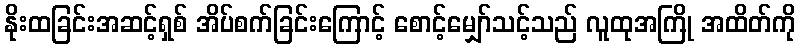
နိုးထခြင်းအဆင့်ရှစ် အိပ်စက်ခြင်းကြောင့် စောင့်မျှော်သင့်သည် လူထုအကြို အထိတ်ကို